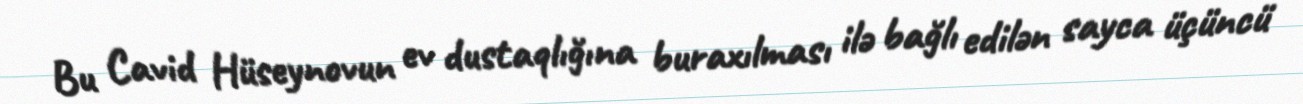
Bu Cavid Hüseynovun ev dustaqlığına buraxılması ilə bağlı edilən sayca üçüncü